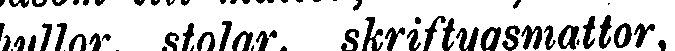
hyllor, stolar, skriftygsmattor,